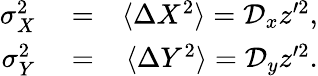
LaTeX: \begin{array}{rlr}{\sigma_{X}^{2}}&{{}=}&{\langle\Delta X^{2}\rangle=\mathcal{D}_{x}z^{\prime 2},}\\ {\sigma_{Y}^{2}}&{{}=}&{\langle\Delta Y^{2}\rangle=\mathcal{D}_{y}z^{\prime 2}.}\end{array}